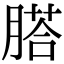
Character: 𦞂